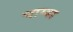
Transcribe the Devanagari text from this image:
चाम्बा